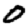
Digit: 0